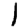
Digit: 1